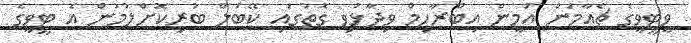
ވީޓީވީގެ ޗެއާމަން އަމީން އިބްރާހިމް ވިދާޅުވި ގޮތުގައި ކޭބަލް ބުރިކޮށްލުމުން އެ ޓީވީގެ